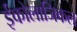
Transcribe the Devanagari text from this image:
ईकोलाजिकल